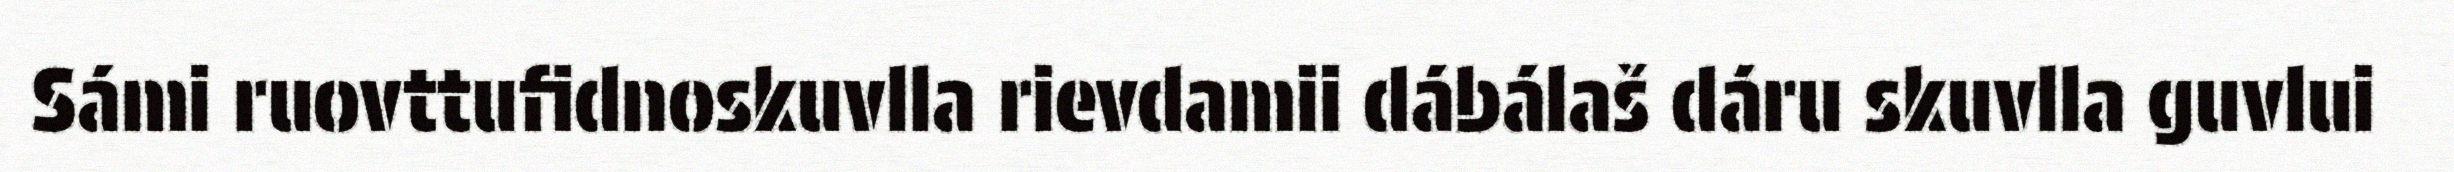
Sámi ruovttufidnoskuvlla rievdamii dábálaš dáru skuvlla guvlui